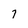
Character: 7